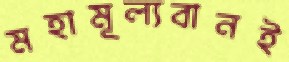
মহামূল্যবানই